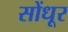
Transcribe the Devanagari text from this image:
सोंधूर